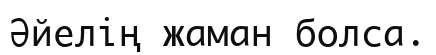
Әйелің жаман болса.